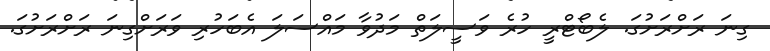
ގިނަ ރަށްރަށުގަ. ލެބޯޓްރީ ހުރެ ވަސީލަތް މަދުވާ މައްސަލަ އެބަހުރި ވަރަށްގިނަ ރަށްރަށުގަ.